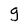
Character: g